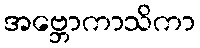
အဗ္ဘောကာသိကာ